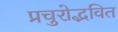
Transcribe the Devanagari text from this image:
प्रचुरोद्भवित